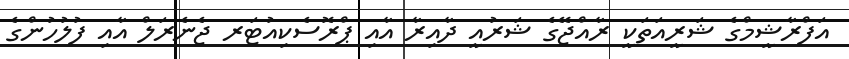
އަފްރާޝީމްގެ ޝަރީއަތަކީ ރާއްޖޭގެ ޝަރުއީ ދާއިރާ އާއި ޕްރޮސެކިއުޓަރ ޖެނެރަލް އާއި ފުލުހުންގެ